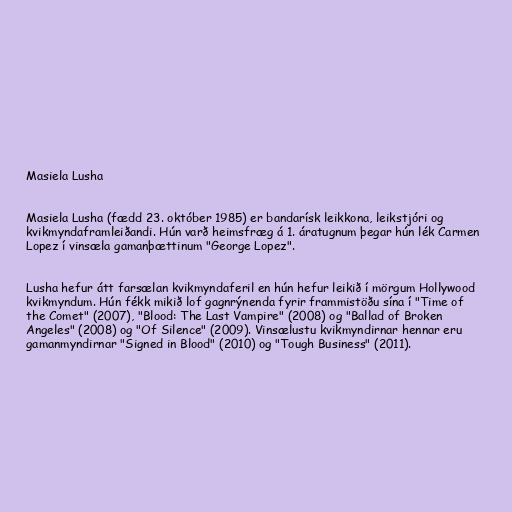
Masiela Lusha

Masiela Lusha (fædd 23. október 1985) er bandarísk leikkona, leikstjóri og
kvikmyndaframleiðandi. Hún varð heimsfræg á 1. áratugnum þegar hún lék Carmen
Lopez í vinsæla gamanþættinum "George Lopez".

Lusha hefur átt farsælan kvikmyndaferil en hún hefur leikið í mörgum Hollywood
kvikmyndum. Hún fékk mikið lof gagnrýnenda fyrir frammistöðu sína í "Time of
the Comet" (2007), "Blood: The Last Vampire" (2008) og "Ballad of Broken
Angeles" (2008) og "Of Silence" (2009). Vinsælustu kvikmyndirnar hennar eru
gamanmyndirnar "Signed in Blood" (2010) og "Tough Business" (2011).